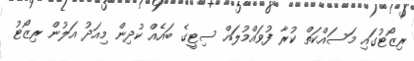
ރިޒޯޓުގައި މަސައްކަތް ކުރާ ފުވައްމުލައް ސިޓީގެ ބައެއް ކުދިން މިއަދު އަލުން ރިޒޯޓު